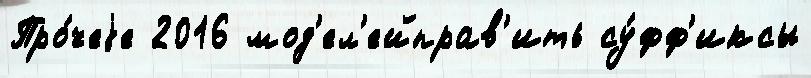
Про́чеjе 2016 мод'ел'ейправ'ить су́фф'иксы